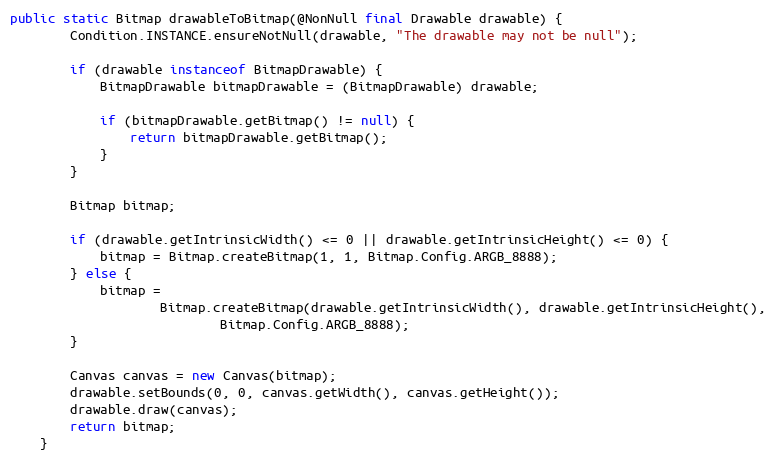
Language: Java
public static Bitmap drawableToBitmap(@NonNull final Drawable drawable) {
        Condition.INSTANCE.ensureNotNull(drawable, "The drawable may not be null");

        if (drawable instanceof BitmapDrawable) {
            BitmapDrawable bitmapDrawable = (BitmapDrawable) drawable;

            if (bitmapDrawable.getBitmap() != null) {
                return bitmapDrawable.getBitmap();
            }
        }

        Bitmap bitmap;

        if (drawable.getIntrinsicWidth() <= 0 || drawable.getIntrinsicHeight() <= 0) {
            bitmap = Bitmap.createBitmap(1, 1, Bitmap.Config.ARGB_8888);
        } else {
            bitmap =
                    Bitmap.createBitmap(drawable.getIntrinsicWidth(), drawable.getIntrinsicHeight(),
                            Bitmap.Config.ARGB_8888);
        }

        Canvas canvas = new Canvas(bitmap);
        drawable.setBounds(0, 0, canvas.getWidth(), canvas.getHeight());
        drawable.draw(canvas);
        return bitmap;
    }